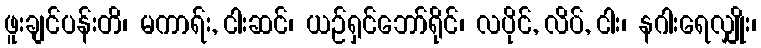
ဖူးချင်ပန်းတိ၊ မကာရ်း, ငါးဆင်၊ ယဉ်ရှင်ဘော်ရိုင်၊ လပိုင်, လိပ်, ငါး၊ နဂါးရေလျှိုး၊